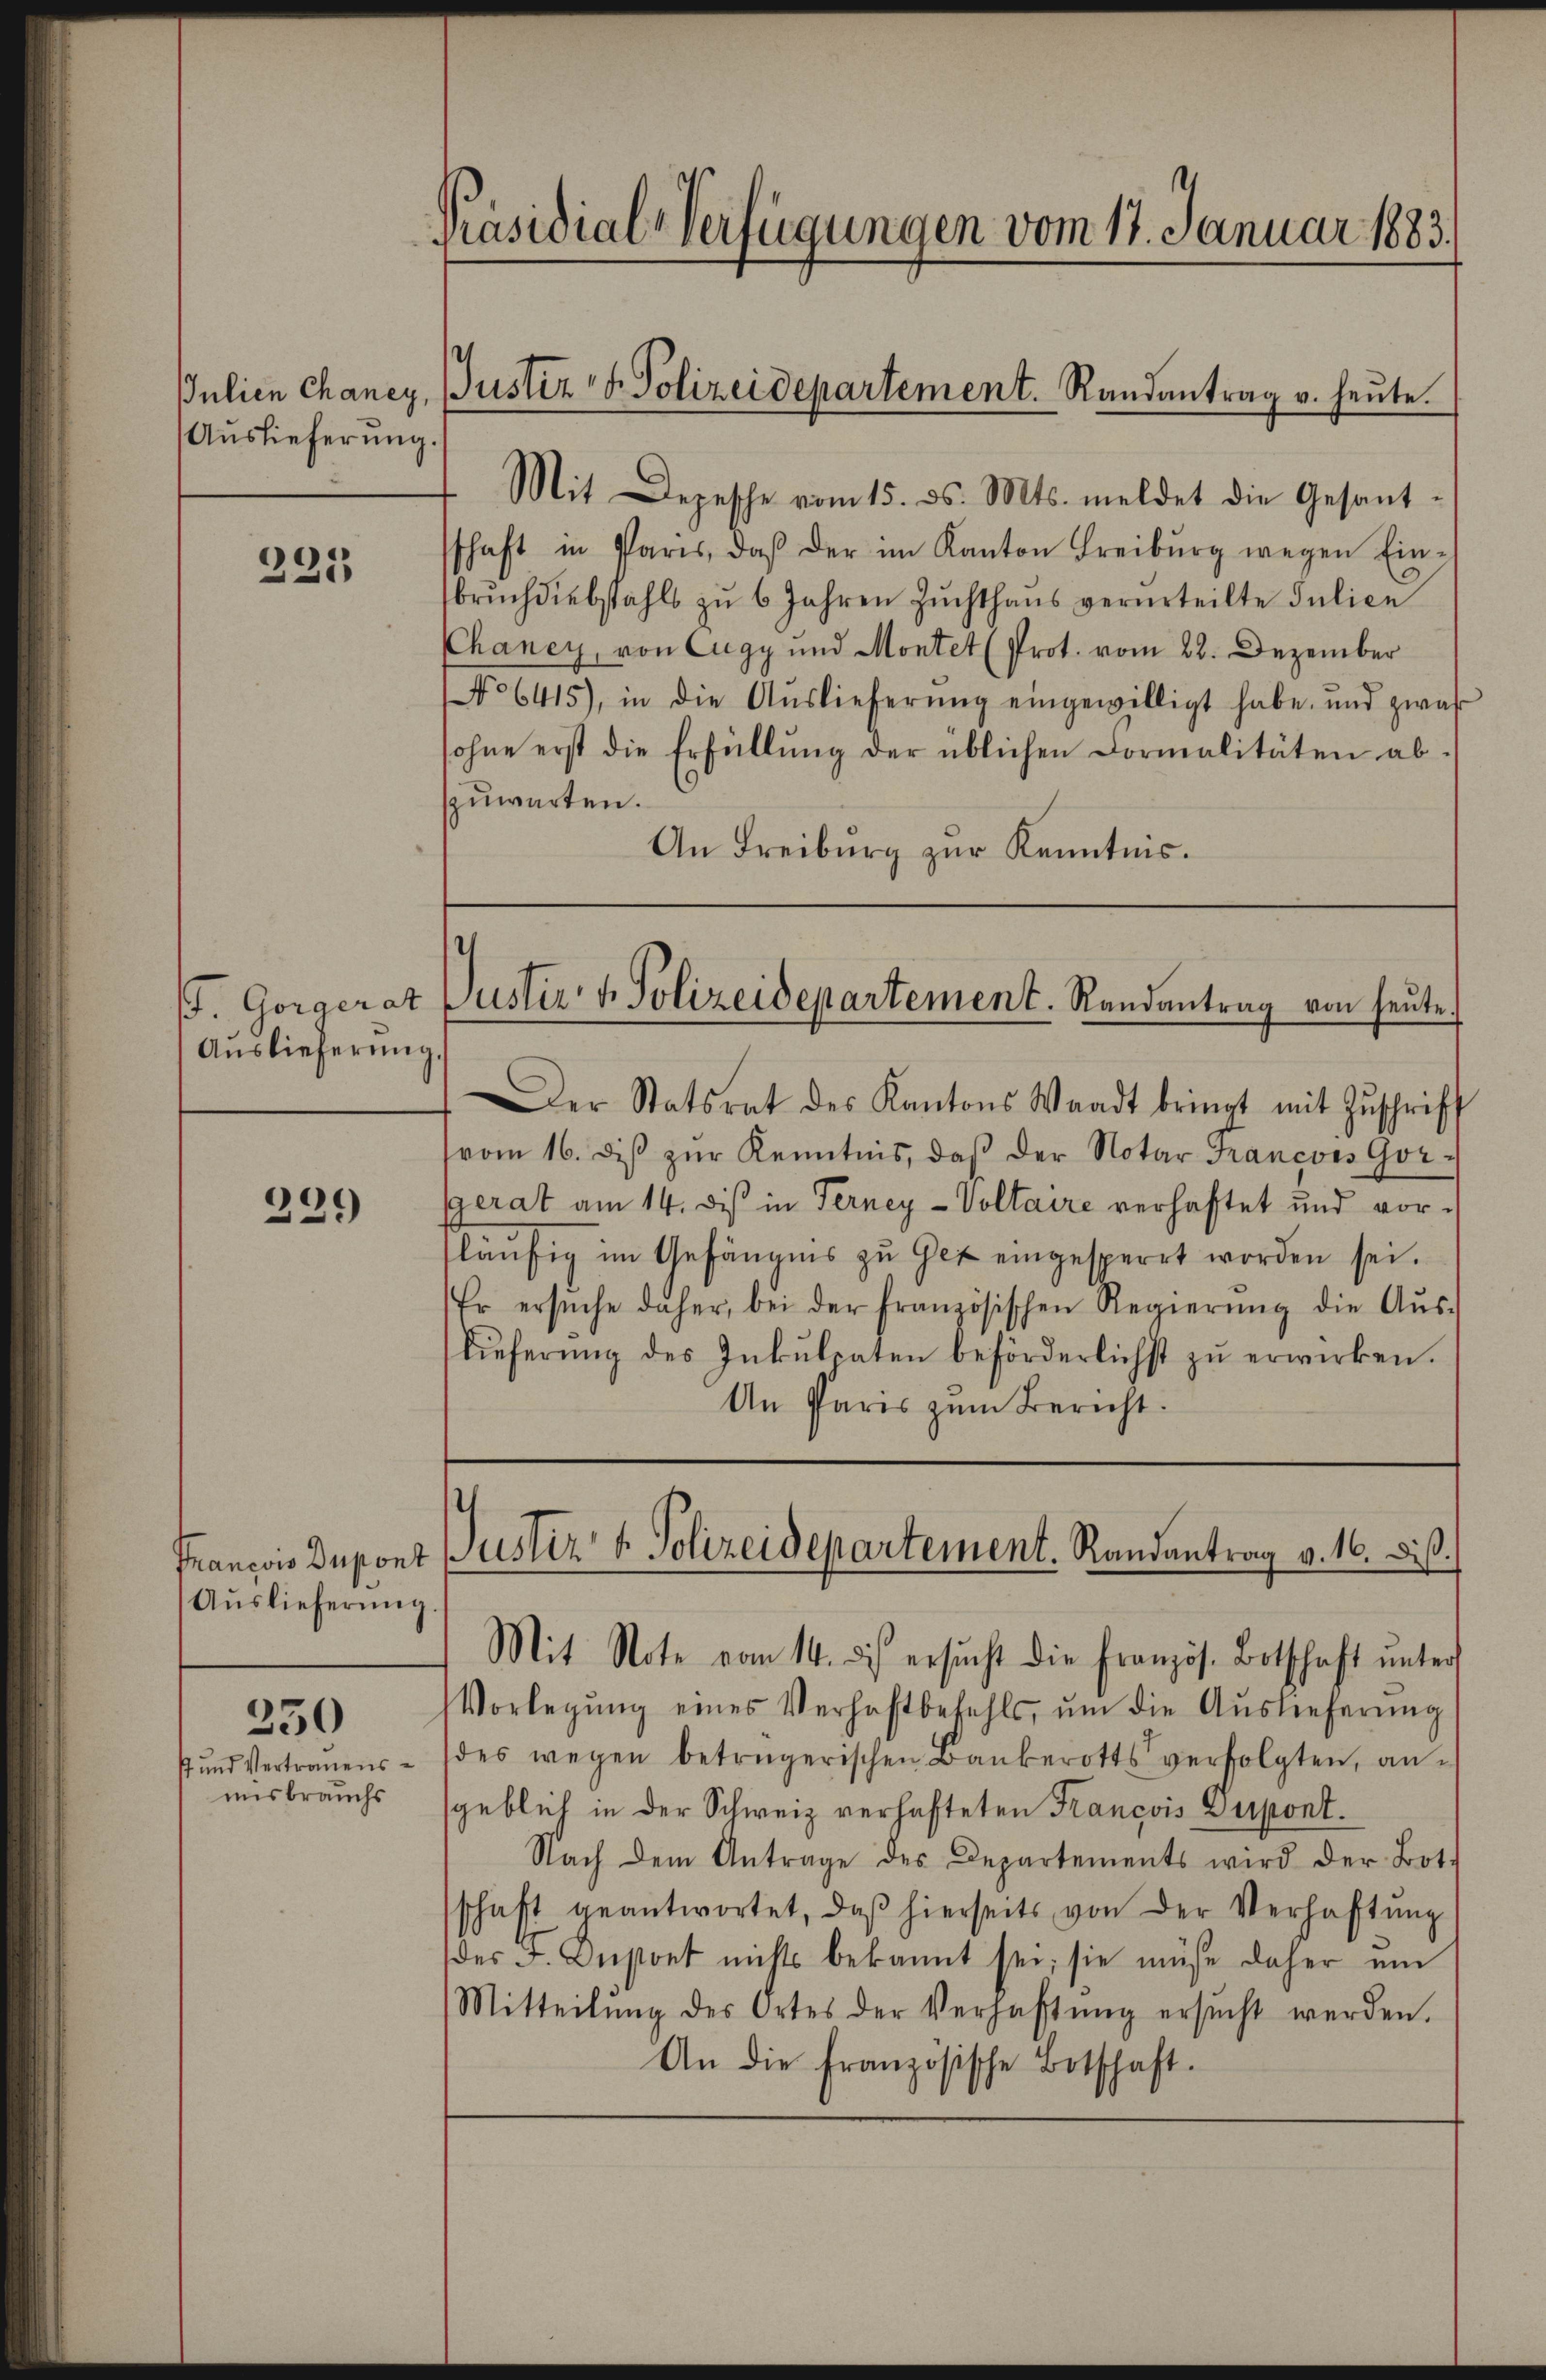
225

Auslieferung

29
9

s und Vertrauens
misbrauchs

330

Präsidial-Verfügungen vom 17. Januar 1883.
Julien Chaney, Justiz & Polizeidepartement. Randantrag v. heute.

Auslieferung.

Francois Dupont
Auslieferung

Mit Depesche vom 15. ds. Mts. meldet die Gesant-

schaft in Paris, daβ der im Kanton Freiburg wegen Ein-
brŭch diebstahls zŭ 6 Jahren Zŭchthaŭs verurteilte Julien
Chancy, von Eugy und Montet (Prot. vom 28. Dezember
No 6415), in die Aŭslieferŭng eingewilligt habe, und zwas
sohne erst die Erfüllung der üblichen Formalitäten ab-
zuwarten.
An Freiburg zur Kenntnis.

.
I. Gorgerat Justiz & Polizeidepartement. Randantrag von heute.
.

Justiz & Polizeidepartement. Randantrag v. 16. diß.
Mit Note vom 14. ds ersŭcht die Französ. Botschaft ŭnters

Der Statsrat des Kantons Waadt bringt mit Zŭschrift
vom 16. diβ zŭr Kenntnis, daβ der Notar Francois Gor-
gerat am 14. dis in Ferney-Voltaire verhaftet und vorsläufig im Gefängnis zu Gez eingesperrt worden sei.
Er ersŭche daher, bei der französischen Regierŭng die Aŭs-
lieferŭng des Inkulpaten beförderlichst zŭ erwirken.
An Paris zum Bericht.

Vorlegŭng eines Verhaftbefehls, ŭm die Aŭslieferŭng
des wegen betrügerischen Bankerotts verfolgten, angeblich in der Schweiz verhafteten François Dupont.
Nach dem Antrage des Departements wird der Bot.
schaft geantwortet, daβ hierseits von der Verhaftŭng
(des F. Custont nichts bekannt sei; sie müsse daher ŭm
Mitteilŭng des Ortes der Verhaftŭng ersŭcht werden.
An die französische Botschaft.